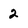
Character: 2